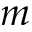
m